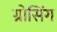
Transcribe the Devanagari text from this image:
ग्रोसिंग